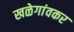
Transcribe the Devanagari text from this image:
खळेगांवकर